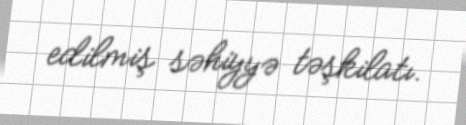
edilmiş səhiyyə təşkilatı.